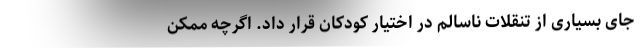
جای بسیاری از تنقلات ناسالم در اختیار کودکان قرار داد. اگرچه ممکن